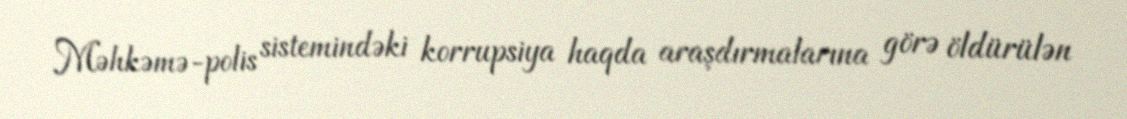
Məhkəmə-polis sistemindəki korrupsiya haqda araşdırmalarına görə öldürülən